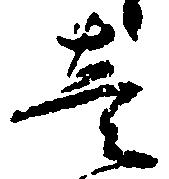
壱